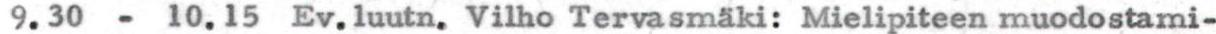
9.30 - 10.15 Ev.luutn. Vilho Tervasmäki: Mielipiteen muodostami-